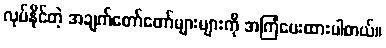
လုပ်နိုင်တဲ့ အချက်တော်တော်များများကို အကြံပေးထားပါတယ်။